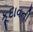
કૂદાવતી